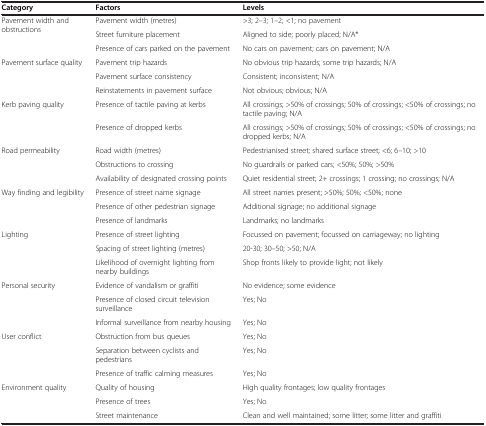
| Category | Factors | Levels |
 | --- | --- | --- |
 | <ROWSPAN=3> Pavement width and obstructions | Pavement width (metres) | >3; 2–3; 1–2; <1; no pavement |
 | Street furniture placement | Aligned to side; poorly placed; N/A* |
 | Presence of cars parked on the pavement | No cars on pavement; cars on pavement; N/A |
 | <ROWSPAN=3> Pavement surface quality | Pavement trip hazards | No obvious trip hazards; some trip hazards; N/A |
 | Pavement surface consistency | Consistent; inconsistent; N/A |
 | Reinstatements in pavement surface | Not obvious; obvious; N/A |
 | <ROWSPAN=2> Kerb paving quality | Presence of tactile paving at kerbs | All crossings; >50% of crossings; 50% of crossings; <50% of crossings; no tactile paving; N/A |
 | Presence of dropped kerbs | All crossings; >50% of crossings; 50% of crossings; <50% of crossings; no dropped kerbs; N/A |
 | <ROWSPAN=3> Road permeability | Road width (metres) | Pedestrianised street; shared surface street; <6; 6–10; >10 |
 | Obstructions to crossing | No guardrails or parked cars; <50%; 50%; >50% |
 | Availability of designated crossing points | Quiet residential street; 2+ crossings; 1 crossing; no crossings; N/A |
 | <ROWSPAN=3> Way finding and legibility | Presence of street name signage | All street names present; >50%; 50%; <50%; none |
 | Presence of other pedestrian signage | Additional signage; no additional signage |
 | Presence of landmarks | Landmarks; no landmarks |
 | <ROWSPAN=3> Lighting | Presence of street lighting | Focussed on pavement; focussed on carriageway; no lighting |
 | Spacing of street lighting (metres) | 20-30; 30–50; >50; N/A |
 | Likelihood of overnight lighting from nearby buildings | Shop fronts likely to provide light; not likely |
 | <ROWSPAN=3> Personal security | Evidence of vandalism or graffiti | No evidence; some evidence |
 | Presence of closed circuit television surveillance | Yes; No |
 | Informal surveillance from nearby housing | Yes; No |
 | <ROWSPAN=3> User conflict | Obstruction from bus queues | Yes; No |
 | Separation between cyclists and pedestrians | Yes; No |
 | Presence of traffic calming measures | Yes; No |
 | <ROWSPAN=3> Environment quality | Quality of housing | High quality frontages; low quality frontages |
 | Presence of trees | Yes; No |
 | Street maintenance | Clean and well maintained; some litter; some litter and graffiti |